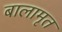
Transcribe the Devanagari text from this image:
बालामृत